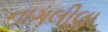
નાગલીલા